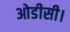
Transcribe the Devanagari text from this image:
ओडीसी।